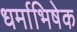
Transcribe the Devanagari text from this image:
धर्माभिषेक